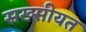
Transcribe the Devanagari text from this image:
सख्सीयत